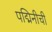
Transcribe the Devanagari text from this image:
पद्मिनीची